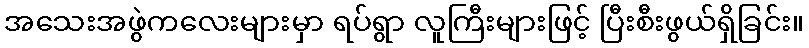
အသေးအဖွဲကလေးများမှာ ရပ်ရွာ လူကြီးများဖြင့် ပြီးစီးဖွယ်ရှိခြင်း။